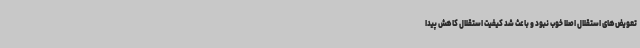
تعویض‌های استقلال اصلا خوب نبود و باعث شد کیفیت استقلال کاهش پیدا